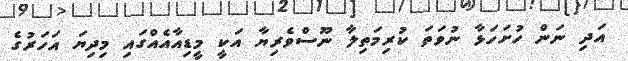
އަދި ނަން ހުށަހަޅާ ނުވަތަ ކުރިމަތިލާ ނޫސްވެރިޔާ އަކީ މީޑިއާއެއްގައި މިދިޔަ އަހަރުގެ